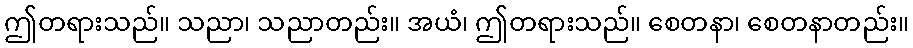
ဤတရားသည်။ သညာ၊ သညာတည်း။ အယံ၊ ဤတရားသည်။ စေတနာ၊ စေတနာတည်း။